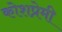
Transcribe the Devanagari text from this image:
कोशप्रेमी